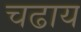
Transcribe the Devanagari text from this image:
चढाय